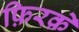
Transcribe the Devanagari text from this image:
फ़िरक़े